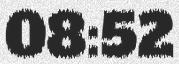
08:52